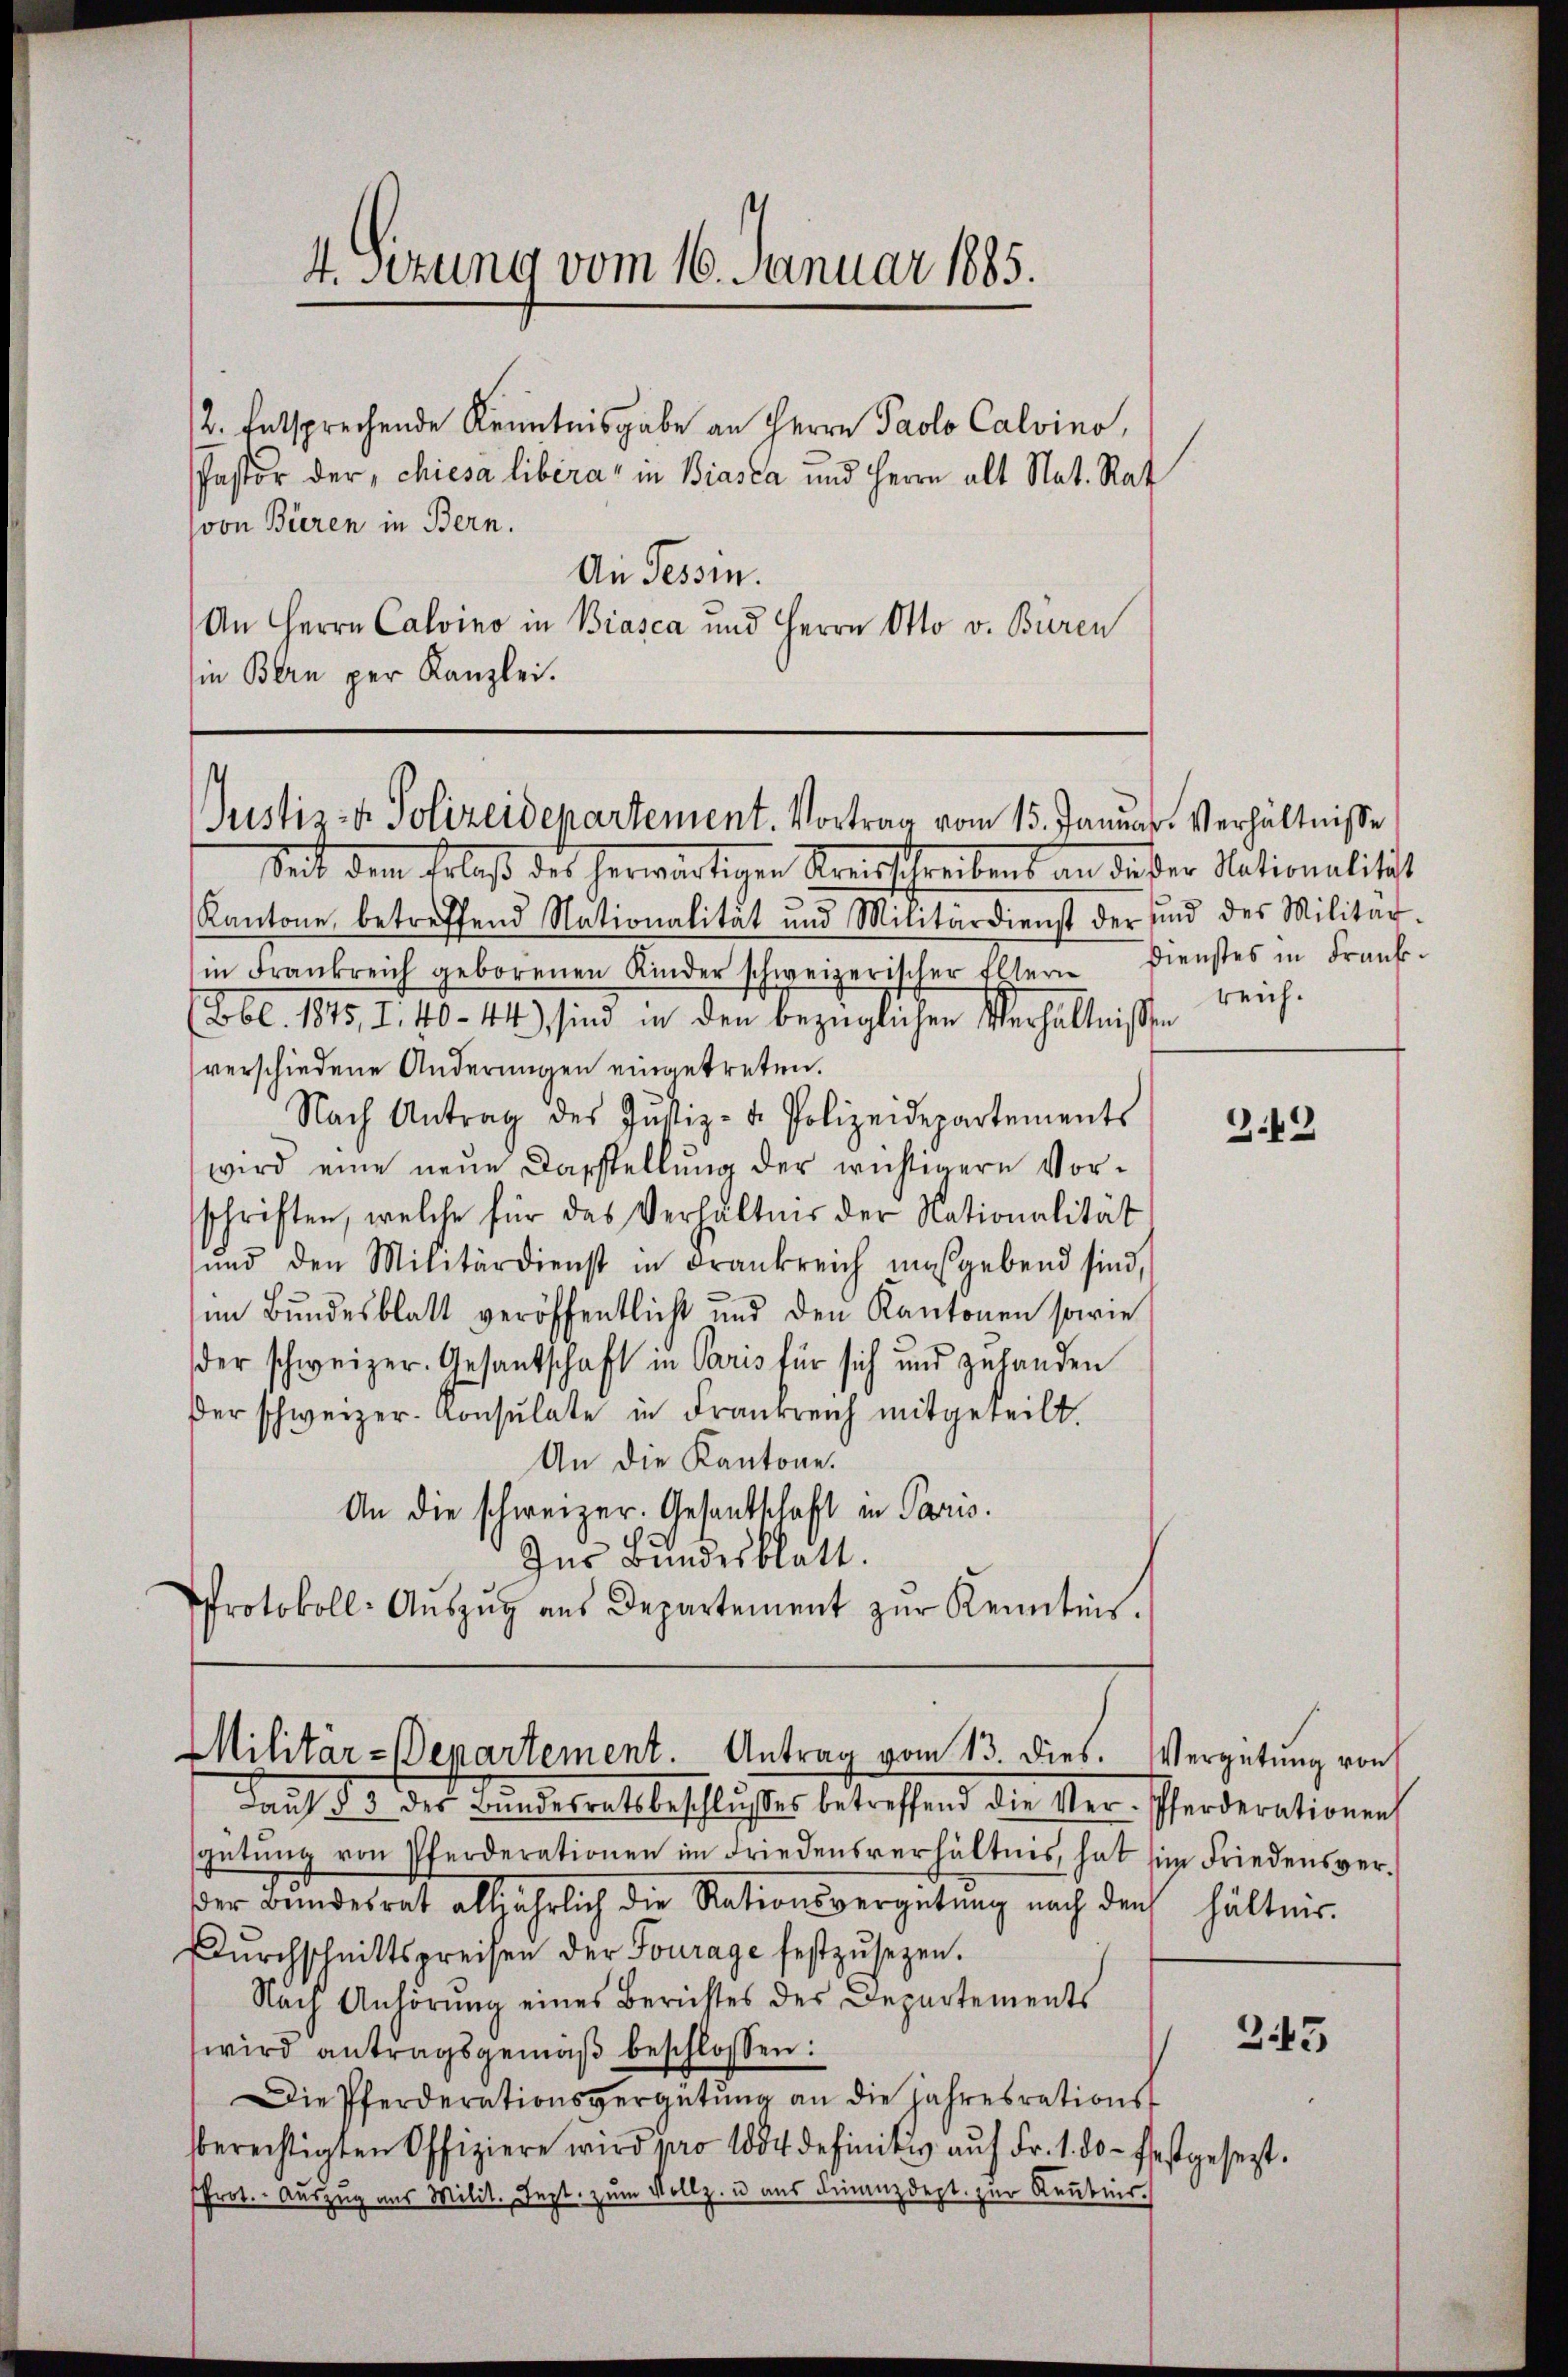
4. sezung vom 16. Januar 1885.

2. Entsprechende Kenntnisgabe an Herrn Paolo Calvino,
Pastor der, chiesa libéra" in Biasca und Herrn alt Nat. Rat
von Bieren in Bern.
An Tessin.
An Herrn Calvino in Biasca und Herrn Otto v. Buren
in Bern per Kanzlei.

Justiz- u. Polizeidepartement. Vortrag vom 15. Januar. Verhältnisse

Seit dem Erlaß des herwärtigen Kreisschreibens an die der Nationalitist
Kantone betreffend Nationalität und Militärdienst der ŭnd des Militar-
in Frankreich geborenen Kinder schweizerischer Eltern dienstes in Frank-
(Lbl. 1875, 1. 40 - 44) sind in den bezüglichen Verhältnisse
verschiedene Änderungen eingetreten.
Nach Antrag des Justiz- & Polizeidepartements
wird eine neŭe Darstellŭng der wichtigern Vor-
schriften, welche für das Verhältnis der Nationalität
ŭnd den Militärdienst in Frankreich insgebend sind,
im Bundesblatt veröffentlicht und den Kantonen sowie
der schweizer. Gesantschaft in Paris für sich und zuhanden
der schweizer-Konsulate in Frankreich mitgeteilt.
An die Kantone.
An die schweizer. Gesantschaft in Paris.
Ins Bundesblatt.
Protokoll-Aŭszŭg aŭs Departement zŭr Kenntnis.

Militär-Departement. Antrag vom 13. dies. Vergütung von
Laŭt § 3 des Bŭndesratsbeschlŭsses betreffend die Ver-Pferderationen

reich.

gütŭng von Pferderationen im Friedensverhältnis, hat im Friedensverder Bundesrat alljährlich die Rationsvergütung nach den hältnis.
Dŭrchschnittspreisen der Fourage festzŭsezen.
Nach Anhörung eines Berichtes des Departements
wird antragsgemäß beschlossen:
Die Pferderationsvergütŭng an die Jahresrations-
berechtigten Offiziere wird pro 1804 definitiv auf Fr. 1. d. festgesezt.
Prot. Auszug aus Milit. Jezt zum Vollz. u aus Finanzdept. zur Raubnis.

3.42

343